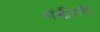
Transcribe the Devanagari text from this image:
गंभीरही